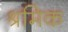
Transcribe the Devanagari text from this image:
श्रमिक